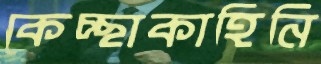
কেচ্ছাকাহিনি